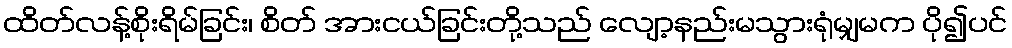
ထိတ်လန့်စိုးရိမ်ခြင်း၊ စိတ် အားငယ်ခြင်းတို့သည် လျော့နည်းမသွားရုံမျှမက ပို၍ပင်